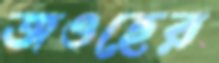
জওহের